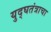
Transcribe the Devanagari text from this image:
युद्घतंत्राचा